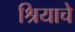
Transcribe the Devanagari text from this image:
श्रियाचे